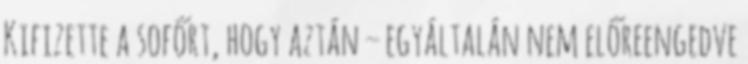
Kifizette a sofőrt, hogy aztán – egyáltalán nem előreengedve